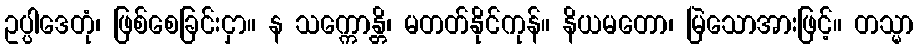
ဥပ္ပါဒေတုံ၊ ဖြစ်စေခြင်းငှာ။ န သက္ကောန္တိ၊ မတတ်နိုင်ကုန်။ နိယမတော၊ မြဲသောအားဖြင့်။ တသ္မာ